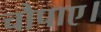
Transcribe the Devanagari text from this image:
चौपाए।